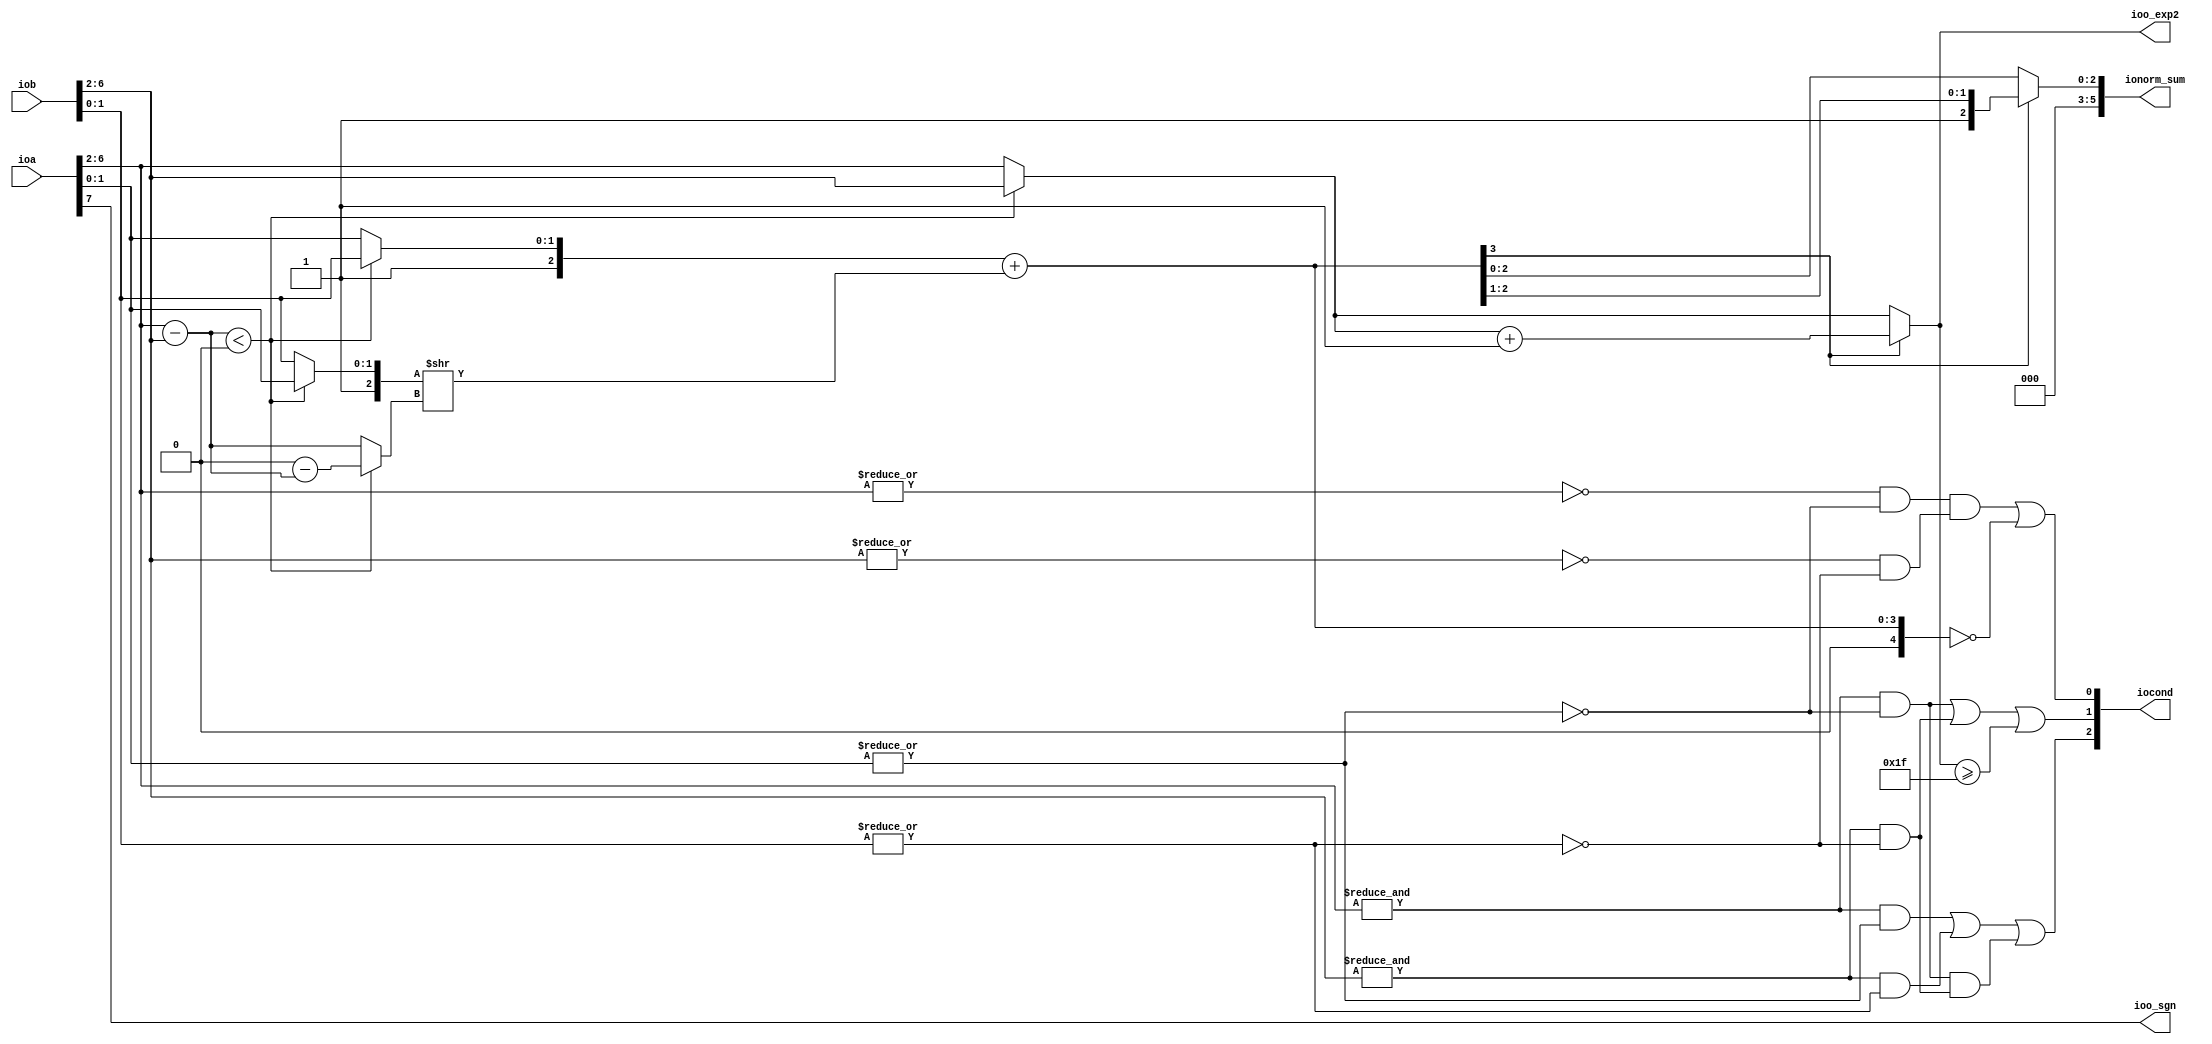
module unsignedFPadder(
  input  [7:0] ioa,
  input  [7:0] iob,
  output       ioo_sgn,
  output [2:0] iocond,
  output [4:0] ioo_exp2,
  output [5:0] ionorm_sum
);
  wire [4:0] a_exp = ioa[6:2]; // @[unsignfpadder.scala 29:18]
  wire [4:0] b_exp = iob[6:2]; // @[unsignfpadder.scala 30:18]
  wire [2:0] a_mnt = {1'h1,ioa[1:0]}; // @[unsignfpadder.scala 32:25]
  wire [2:0] b_mnt = {1'h1,iob[1:0]}; // @[unsignfpadder.scala 33:25]
  wire  _mntAzero_T_1 = |a_mnt[1:0]; // @[unsignfpadder.scala 38:41]
  wire  mntAzero = ~(|a_mnt[1:0]); // @[unsignfpadder.scala 38:19]
  wire  _mntBzero_T_1 = |b_mnt[1:0]; // @[unsignfpadder.scala 39:41]
  wire  mntBzero = ~(|b_mnt[1:0]); // @[unsignfpadder.scala 39:19]
  wire  expAone = &a_exp; // @[unsignfpadder.scala 41:23]
  wire  expBone = &b_exp; // @[unsignfpadder.scala 42:23]
  wire  Azero = ~(|a_exp) & mntAzero; // @[unsignfpadder.scala 44:28]
  wire  Bzero = ~(|b_exp) & mntBzero; // @[unsignfpadder.scala 45:28]
  wire  Inzero = Azero & Bzero; // @[unsignfpadder.scala 46:22]
  wire  Ainf = expAone & mntAzero; // @[unsignfpadder.scala 48:22]
  wire  Binf = expBone & mntBzero; // @[unsignfpadder.scala 49:22]
  wire  IninfN = Ainf & Binf; // @[unsignfpadder.scala 51:21]
  wire  IninfO = Ainf | Binf; // @[unsignfpadder.scala 53:21]
  wire  Anan = expAone & _mntAzero_T_1; // @[unsignfpadder.scala 55:22]
  wire  Bnan = expBone & _mntBzero_T_1; // @[unsignfpadder.scala 56:22]
  wire  Innan = Anan | Bnan; // @[unsignfpadder.scala 58:20]
  wire  flag_nan = Innan | IninfN; // @[unsignfpadder.scala 63:25]
  wire [5:0] _diff_exp_T = {1'b0,$signed(a_exp)}; // @[unsignfpadder.scala 79:24]
  wire [5:0] _diff_exp_T_1 = {1'b0,$signed(b_exp)}; // @[unsignfpadder.scala 79:37]
  wire [5:0] diff_exp = $signed(_diff_exp_T) - $signed(_diff_exp_T_1); // @[unsignfpadder.scala 79:29]
  wire  alb_exp = $signed(diff_exp) < 6'sh0; // @[unsignfpadder.scala 81:26]
  wire [2:0] a_mnts = alb_exp ? b_mnt : a_mnt; // @[unsignfpadder.scala 87:19]
  wire [3:0] _sum1_T = {1'h0,a_mnts}; // @[Cat.scala 33:92]
  wire [2:0] b_mnts = alb_exp ? a_mnt : b_mnt; // @[unsignfpadder.scala 88:19]
  wire [5:0] _diff_exp_mag_T_2 = 6'sh0 - $signed(diff_exp); // @[unsignfpadder.scala 83:35]
  wire [5:0] diff_exp_mag = alb_exp ? $signed(_diff_exp_mag_T_2) : $signed(diff_exp); // @[unsignfpadder.scala 83:56]
  wire [2:0] shifted_b_mnts = b_mnts >> diff_exp_mag; // @[unsignfpadder.scala 164:33]
  wire [3:0] _GEN_0 = {{1'd0}, shifted_b_mnts}; // @[unsignfpadder.scala 173:51]
  wire [4:0] sum1 = _sum1_T + _GEN_0; // @[unsignfpadder.scala 173:51]
  wire  flag_zero1 = sum1 == 5'h0; // @[unsignfpadder.scala 177:25]
  wire  flag_zero = Inzero | flag_zero1; // @[unsignfpadder.scala 74:30]
  wire  carrySignBit = sum1[3]; // @[unsignfpadder.scala 175:28]
  wire [4:0] o_exp1 = alb_exp ? b_exp : a_exp; // @[unsignfpadder.scala 85:19]
  wire [4:0] _o_exp_add_T_2 = o_exp1 + 5'h1; // @[unsignfpadder.scala 182:52]
  wire [4:0] o_exp_add = carrySignBit ? _o_exp_add_T_2 : o_exp1; // @[unsignfpadder.scala 182:21]
  wire  flag_inf1 = o_exp_add >= 5'h1f; // @[unsignfpadder.scala 184:29]
  wire  flag_inf = IninfO | flag_inf1; // @[unsignfpadder.scala 75:25]
  wire [2:0] norm_sum_add = carrySignBit ? sum1[3:1] : sum1[2:0]; // @[unsignfpadder.scala 180:27]
  wire [1:0] _cond_T = {flag_nan,flag_inf}; // @[unsignfpadder.scala 194:25]
  assign ioo_sgn = ioa[7]; // @[unsignfpadder.scala 26:18]
  assign iocond = {_cond_T,flag_zero}; // @[unsignfpadder.scala 194:37]
  assign ioo_exp2 = carrySignBit ? _o_exp_add_T_2 : o_exp1; // @[unsignfpadder.scala 182:21]
  assign ionorm_sum = {{3'd0}, norm_sum_add}; // @[unsignfpadder.scala 199:16]
endmodule
module FPadder(
  input        clock,
  input        reset,
  input  [7:0] io_a,
  input  [7:0] io_b,
  output [7:0] io_o,
  input        io_op,
  input  [1:0] io_round
);
`ifdef RANDOMIZE_REG_INIT
  reg [31:0] _RAND_0;
  reg [31:0] _RAND_1;
  reg [31:0] _RAND_2;
`endif // RANDOMIZE_REG_INIT
  wire [7:0] adderFrontend_ioa; // @[FPadder.scala 25:105]
  wire [7:0] adderFrontend_iob; // @[FPadder.scala 25:105]
  wire  adderFrontend_ioo_sgn; // @[FPadder.scala 25:105]
  wire [2:0] adderFrontend_iocond; // @[FPadder.scala 25:105]
  wire [4:0] adderFrontend_ioo_exp2; // @[FPadder.scala 25:105]
  wire [5:0] adderFrontend_ionorm_sum; // @[FPadder.scala 25:105]
  reg [7:0] a; // @[FPadder.scala 15:28]
  reg [7:0] b; // @[FPadder.scala 16:28]
  wire [2:0] normalized_norm_sum_rounding = adderFrontend_ionorm_sum[5:3]; // @[FPadder.scala 42:65]
  wire [2:0] _GEN_0 = adderFrontend_iocond >= 3'h4 ? 3'h6 : 3'h7; // @[FPadder.scala 62:28 63:13 66:13]
  wire [2:0] _GEN_2 = adderFrontend_iocond == 3'h2 ? 3'h0 : _GEN_0; // @[FPadder.scala 59:29 60:13]
  wire [2:0] _GEN_4 = adderFrontend_iocond == 3'h1 ? 3'h0 : _GEN_2; // @[FPadder.scala 56:29 57:13]
  wire [4:0] _GEN_5 = adderFrontend_iocond == 3'h1 ? 5'h0 : 5'h1f; // @[FPadder.scala 56:29 58:14]
  wire [2:0] o_mnt = adderFrontend_iocond == 3'h0 ? normalized_norm_sum_rounding : _GEN_4; // @[FPadder.scala 53:23 54:13]
  wire [4:0] o_exp3 = adderFrontend_ioo_exp2; // @[FPadder.scala 26:22 41:16]
  wire [4:0] o_exp4 = adderFrontend_iocond == 3'h0 ? o_exp3 : _GEN_5; // @[FPadder.scala 53:23 55:14]
  reg [7:0] o_t; // @[FPadder.scala 69:22]
  wire [7:0] _o_t_T_2 = {adderFrontend_ioo_sgn,o_exp4,o_mnt[1:0]}; // @[FPadder.scala 70:46]
  unsignedFPadder adderFrontend ( // @[FPadder.scala 25:105]
    .ioa(adderFrontend_ioa),
    .iob(adderFrontend_iob),
    .ioo_sgn(adderFrontend_ioo_sgn),
    .iocond(adderFrontend_iocond),
    .ioo_exp2(adderFrontend_ioo_exp2),
    .ionorm_sum(adderFrontend_ionorm_sum)
  );
  assign io_o = o_t; // @[FPadder.scala 71:10]
  assign adderFrontend_ioa = a; // @[FPadder.scala 46:23]
  assign adderFrontend_iob = b; // @[FPadder.scala 47:23]
  always @(posedge clock) begin
    if (reset) begin // @[FPadder.scala 15:28]
      a <= 8'h0; // @[FPadder.scala 15:28]
    end else begin
      a <= io_a; // @[FPadder.scala 19:7]
    end
    if (reset) begin // @[FPadder.scala 16:28]
      b <= 8'h0; // @[FPadder.scala 16:28]
    end else begin
      b <= io_b; // @[FPadder.scala 20:7]
    end
    if (reset) begin // @[FPadder.scala 69:22]
      o_t <= 8'h0; // @[FPadder.scala 69:22]
    end else begin
      o_t <= _o_t_T_2; // @[FPadder.scala 70:9]
    end
  end
// Register and memory initialization
`ifdef RANDOMIZE_GARBAGE_ASSIGN
`define RANDOMIZE
`endif
`ifdef RANDOMIZE_INVALID_ASSIGN
`define RANDOMIZE
`endif
`ifdef RANDOMIZE_REG_INIT
`define RANDOMIZE
`endif
`ifdef RANDOMIZE_MEM_INIT
`define RANDOMIZE
`endif
`ifndef RANDOM
`define RANDOM $random
`endif
`ifdef RANDOMIZE_MEM_INIT
  integer initvar;
`endif
`ifndef SYNTHESIS
`ifdef FIRRTL_BEFORE_INITIAL
`FIRRTL_BEFORE_INITIAL
`endif
initial begin
  `ifdef RANDOMIZE
    `ifdef INIT_RANDOM
      `INIT_RANDOM
    `endif
    `ifndef VERILATOR
      `ifdef RANDOMIZE_DELAY
        #`RANDOMIZE_DELAY begin end
      `else
        #0.002 begin end
      `endif
    `endif
`ifdef RANDOMIZE_REG_INIT
  _RAND_0 = {1{`RANDOM}};
  a = _RAND_0[7:0];
  _RAND_1 = {1{`RANDOM}};
  b = _RAND_1[7:0];
  _RAND_2 = {1{`RANDOM}};
  o_t = _RAND_2[7:0];
`endif // RANDOMIZE_REG_INIT
  `endif // RANDOMIZE
end // initial
`ifdef FIRRTL_AFTER_INITIAL
`FIRRTL_AFTER_INITIAL
`endif
`endif // SYNTHESIS
endmodule